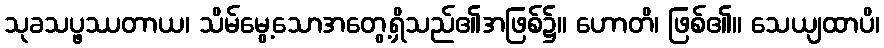
သုခသပ္ဖဿတာယ၊ သိမ်မွေ့သောအတွေ့ရှိသည်၏အဖြစ်၌။ ဟောတိ၊ ဖြစ်၏။ သေယျထာပိ၊